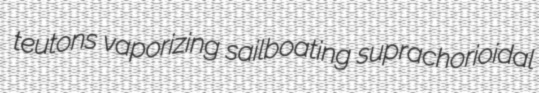
teutons vaporizing sailboating suprachorioidal